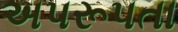
અપરૂપતા